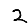
Digit: 2